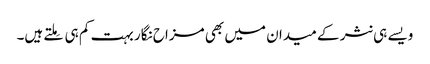
ویسے ہی نثر کے میدان میں بھی مزاح نگار بہت کم ہی مِلتے ہیں۔